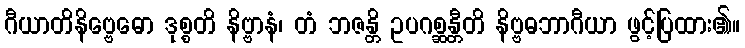
ဂီယာတိနိဗ္ဗေဓော ဒုစ္စတိ နိဗ္ဗာနံ၊ တံ ဘဇန္တိ ဥပဂစ္ဆန္တီတိ နိဗ္ဗဓဘာဂီယာ ဖွင့်ပြထား၏။